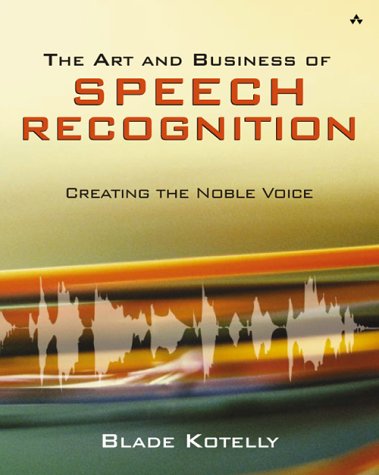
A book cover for The Art and Business of Speech Recognition: Creating the Noble Voice; Blade Kotelly; Computers & Technology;